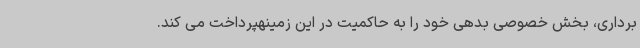
برداری، بخش خصوصی بدهی خود را به حاکمیت در این زمینهپرداخت می کند.